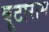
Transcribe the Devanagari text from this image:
बूटाराम